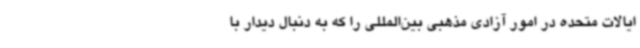
ایالات متحده در امور آزادی مذهبی بین‌المللی را که به دنبال دیدار با